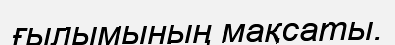
ғылымының мақсаты.